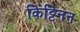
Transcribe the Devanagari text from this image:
किट्टिनन